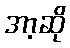
အာ့ဆို